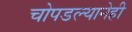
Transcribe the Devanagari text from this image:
चोपडल्यानेही